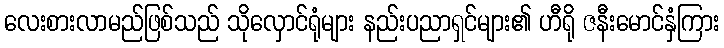
လေးစားလာမည်ဖြစ်သည် သိုလှောင်ရုံများ နည်းပညာရှင်များ၏ ဟီရို ဇနီးမောင်နှံကြား